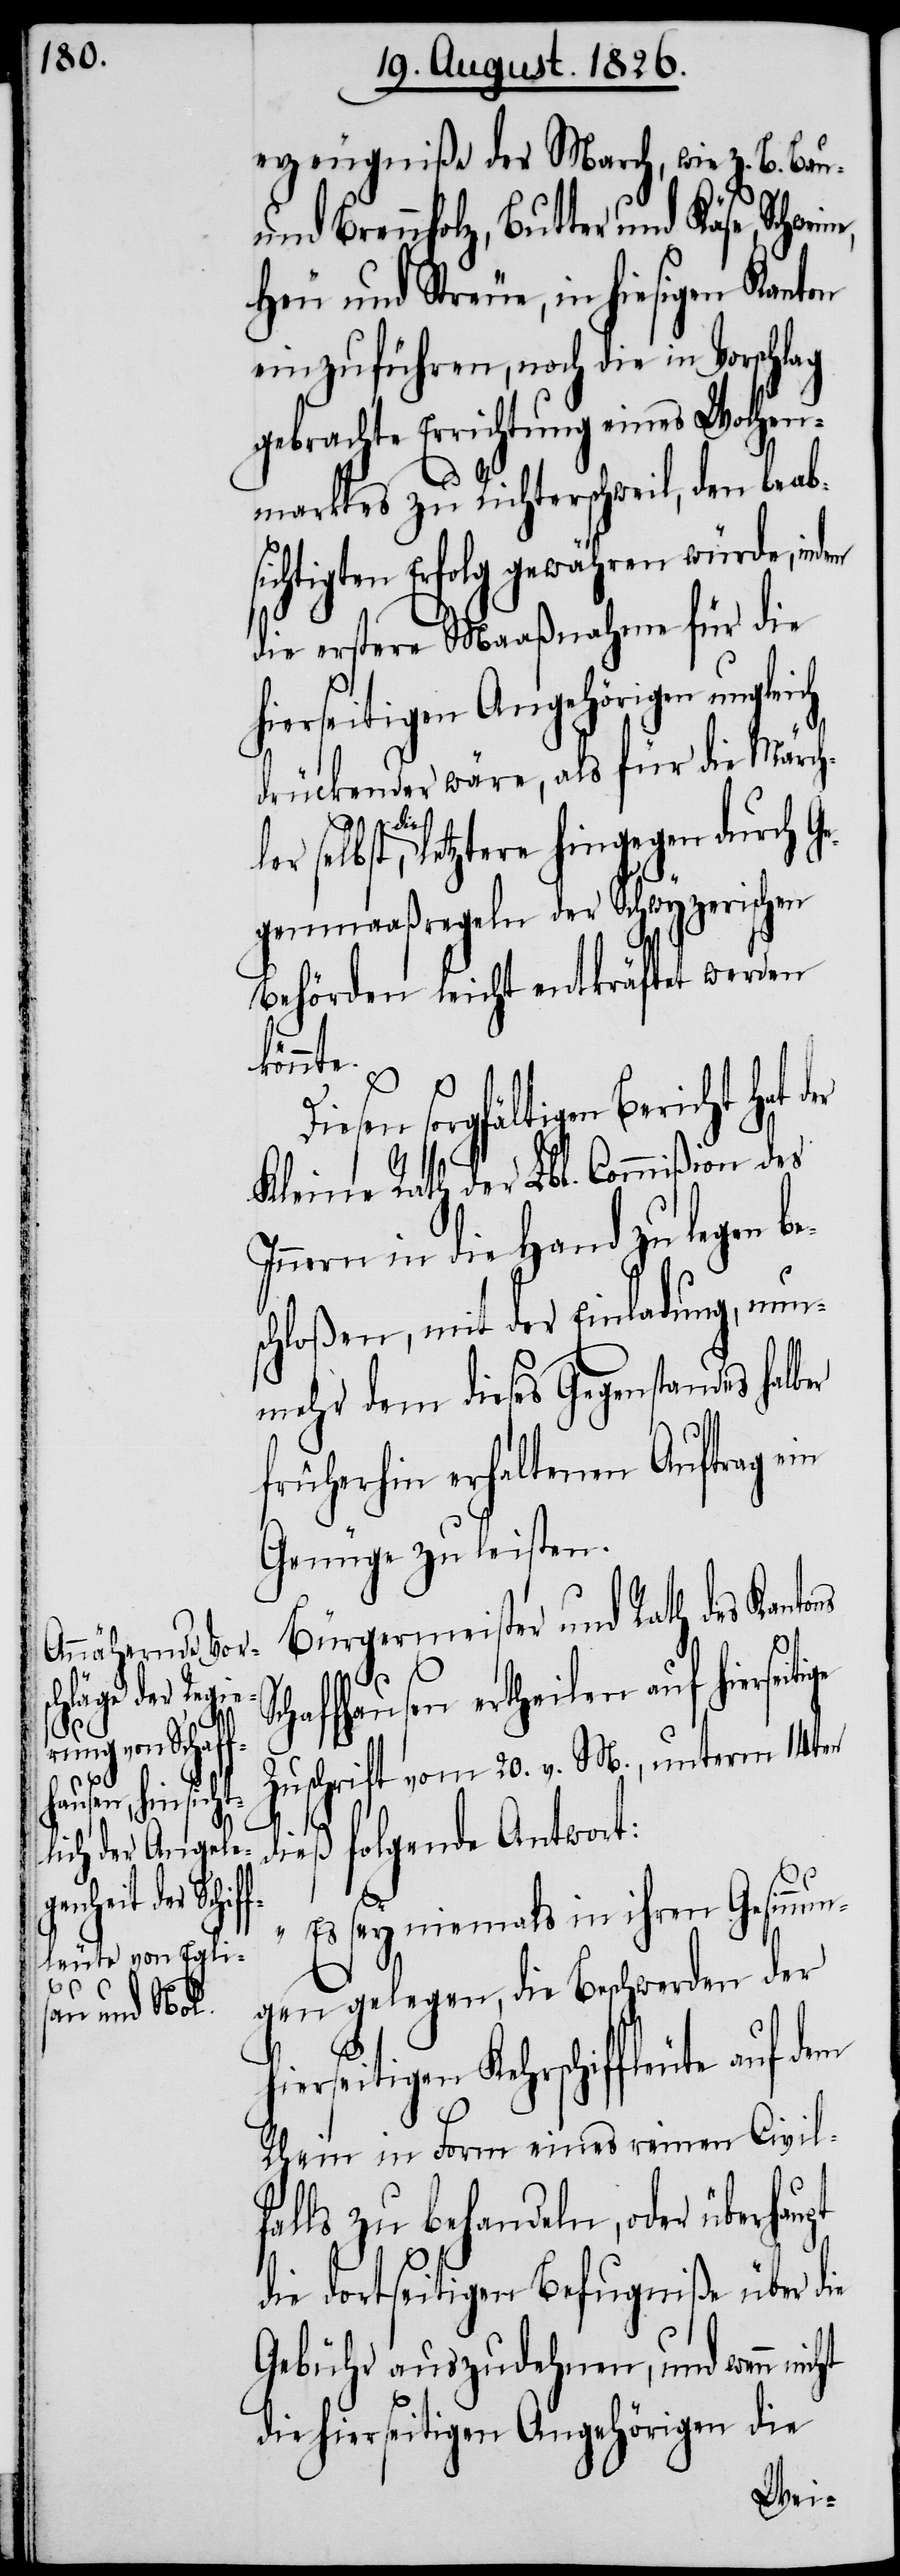
Sc¬
cht
ler selbst, di¬
und Kä¬

erzeugniße der March, wie z. B. Bau-
Heu und Streue, in hiesigen Kanton
einzuführen, noch die in Vorschlag
gebrachte Errichtung eines Wochen¬
marktes zu Richterschweil, den beab¬
ichtigten Erfolg gewähren würde,
die erstere Maaßnahme für die
hierseitigen Angehörigen ungleich
drückender wäre, als für die Märch¬
e letztere hingegen durch G¬
egenmaaßregeln der schwyzerischen
Behörden leicht entkräftet werden
tige
sorgfältigen Bericht hat
Kleine Rath der Lbl. Commißion des
Innern in die Hand zu legen b¬
schloßen, mit der Einladung, nun¬
mehr dem dieses Gegenstandes halb¬
früherhin erhaltenen Auftrag ein
Genüge zu leisten.
Bürgermeister und Rath des Kantons
haffhausen ertheilen auf hiersei¬
Zuschrift vom 20. v. M., unterm 14ten
dieß folgende Antwort:
„Es sey niemals in ihren Gesinnun¬
gen gelegen, die Beschwerden der
hierseitigen Kehrschiffleute auf dem
Rhein in Form eines reinen Civil¬
falls zu behandeln, oder überhaupt
die dortseitigen Befugniße über die
Gebühr auszudehnen, und wenn ni¬
die hierseitigen Angehörigen die